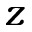
z